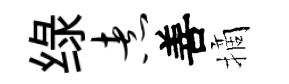
绿煮善摘